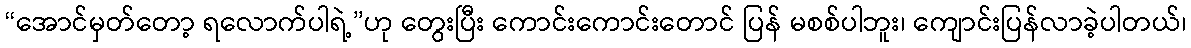
“အောင်မှတ်တော့ ရလောက်ပါရဲ့”ဟု တွေးပြီး ကောင်းကောင်းတောင် ပြန် မစစ်ပါဘူး၊ ကျောင်းပြန်လာခဲ့ပါတယ်၊